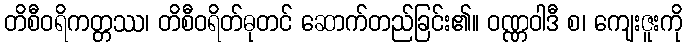
တိစီဝရိကတ္တဿ၊ တိစီဝရိတ်ဓုတင် ဆောက်တည်ခြင်း၏။ ဝဏ္ဏဝါဒီ စ၊ ကျေးဇူးကို